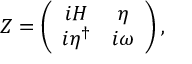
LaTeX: Z = \left( \begin{array} { c c } { { i H } } & { { \eta } } \\ { { i \eta ^ { \dag } } } & { { i \omega } } \end{array} \right) ,